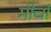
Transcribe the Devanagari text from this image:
मीर्चा